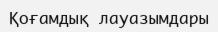
Қоғамдық лауазымдары